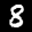
Label: 8